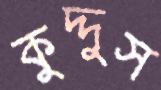
কুদ্দুস